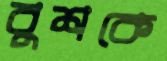
বুশকে